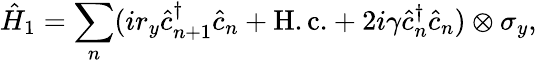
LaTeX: \hat{H}_{1}=\sum_{n}(ir_{y}\hat{c}_{n+1}^{\dagger}\hat{c}_{n}+\mathrm{H.c.}+2i\gamma\hat{c}_{n}^{\dagger}\hat{c}_{n})\otimes\sigma_{y},